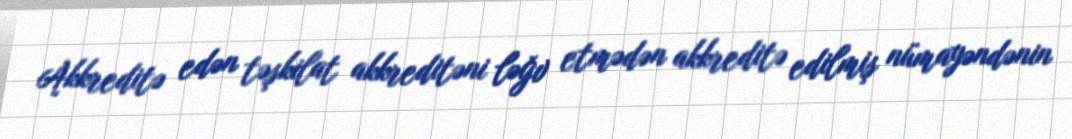
Akkreditə edən təşkilat akkreditəni ləğv etmədən akkreditə edilmiş nümayəndənin